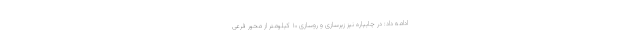
ادامه داد: در چایپاره نیز زیرسازی و روسازی ۱۰ کیلومتر از محور فرعی